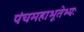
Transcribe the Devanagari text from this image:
पंचमहाभूतेभ्यः